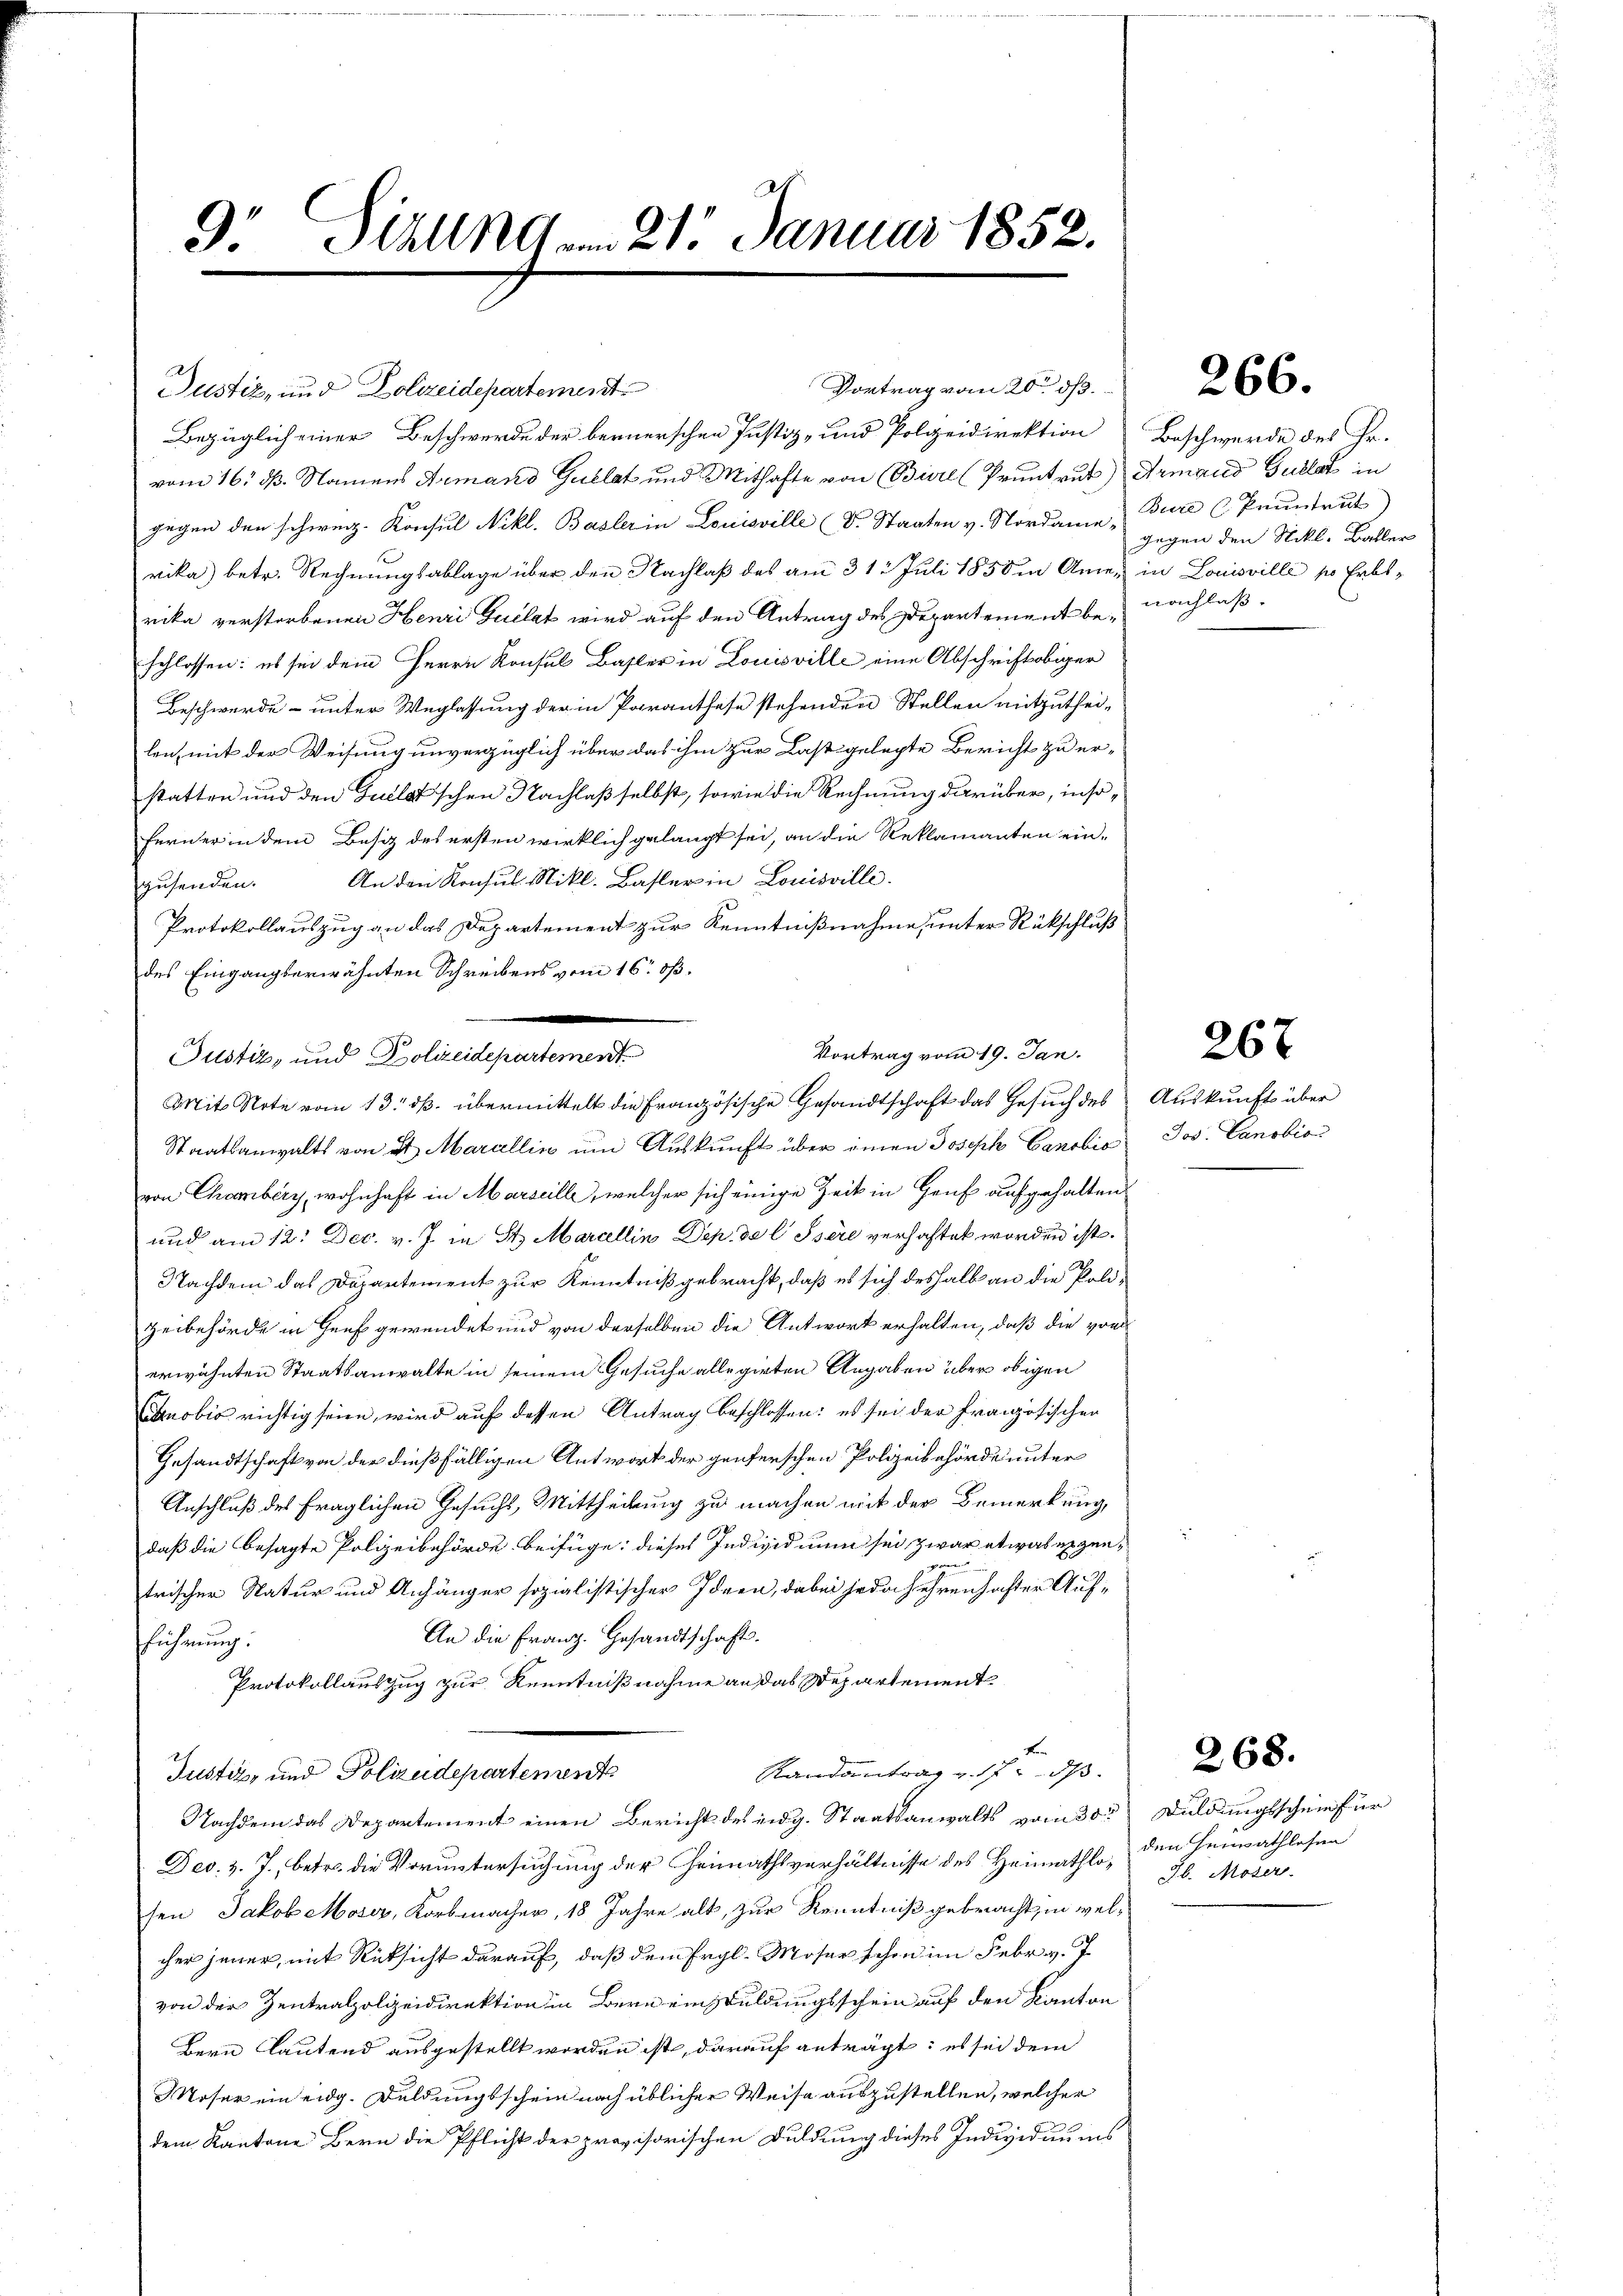
9. Halle am 21. Januar 1852.

Justiz, und Dolizeidepartement
Bezüglich einer Beschwerde der bernerschen Justiz- und Polizeidirektion Beschwerde des Fr.
vom 16. dß. Namens Armand Gullet und Mithafte von Bierl (Pruntrut) Armand Gulla in
gegen den schweiz. Konsul Nikl. Basler in Louisville d. Staaten v. Nordame Bure Pruntrut
vika) betr. Rechnungsablage über den Nachlaß des am 31. Juli 1858 in Anne, in Louisville so Erbsrika verstorbenen Henri Gullat wird auf den Antrag des Departement beschlossen: es sei dem Herrn Konsul Basler in Louisville eine Abschrift obiger
Beschwerde unter Weglassung der in Paranthese stehenden Stellen mitzuthei-
len, mit der Weisung unverzüglich über das ihm zur Last gelegte Bericht zu erstatten und den Gullatschen Nachlaß selbst, sowie die Rechnung darüber, inso¬
Ferner in dem Besiz des ersten wirklich gelangt sei, an die Reklamanten einzŭsenden. An den Konsul Nikl. Basler in Louisville.
Protokollauszug an das Departement zur Kenntnißnahme, unter Rückschluß
des Eingangserwähnten Schreibens vom 16. ß.
Penten und Verlangsartement
Staatsanwalts von et Marcellin um Auskunft über einen Joseph Canobis
von Chamberg, wohnhaft in Marseille, welcher sich einige Zeit in Haus aufgehalten
und am 12. Dec. v. J. in St. Marcellin Dep. de l Isere verhaftet worden ist.
Nachdem das Departement zur Kenntniß gebracht, daß es sich deshalb an die Polizeibehörde in Heuf gewendet und von derselben die Antwort erhalten, daß die von
erwähnten Staatsanwalte in seinem Gesuche allegirten Angaben über obigen
nobio richtig seien, wird auf dessen Antrag beschlossen: es sei der Französischen
Gesandtschaft von der dießfälligen Antwort der genferschen Polizeibehörde unter
Anschluß des fraglichen Gesuchs, Mittheilung zu machen mit der Bemerkung,
daß die besagte Polizeibehörde beifüge; dieses Individuum sei zwar etwas erzeng
trischen Natur und Anhänger sozialistischer Ideen, dabei jede sehrenhaften Auf¬
An die Franz. Gesandtschaft.
führung:
Protokollauszug zur Kenntnißnahme an das Departement¬
Randantrag v. 17. ds.
Justin, und Poliudepartement
Nachdem das Departement einen Bericht des eidg. Staatsanwalts vom 30. Duldungsschein für
Dec. v. J., betr. die Voruntersuchung der Heimathsverhältnisse des Heimathlosen Jakob Moser, Korbmacher, 18 Jahre alt, zur Kenntniß gebracht, in welcher jener, mit Rücksicht darauf, daß dem Ergl. Moser schon im Febr. v. J
von der Zentralpolizeidirektion in Bern einzuldungsschein auf den Kanton
Bern lautend ausgestellt worden ist, darauf anträgt; es sei dem
Moser ein eidg. Duldungsschein nach üblicher Weise auszustellen, welcher
dem Kantone Bern die Pflicht der provisorischen Duldung dieses Individuums

Vortrag vom 19. Jan.
Mit Note vom 13. ds. übermittelt die Französische Gesandtschaft das Gesuch des

Vortrag vom 20. dß.

266.

gegen den Nikl. Baller
nachlaß.

Auskunft über
Jos. Canobis

267

268.

den Heimathlosen
Jb. Moser.